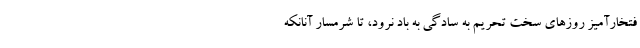
فتخارآمیز روزهای سخت تحریم به سادگی به باد نرود، تا شرمسار آنانکه